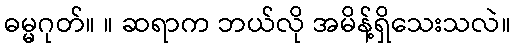
ဓမ္မဂုတ်။ ။ ဆရာက ဘယ်လို အမိန့်ရှိသေးသလဲ။